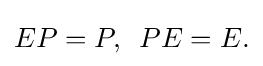
\displaystyle {EP=P,\,\,\,PE=E.}